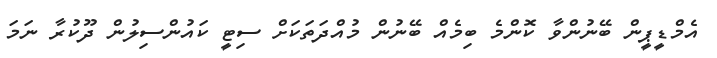
އެމްޑީޕީން ބޭނުންވާ ކޮންމެ ބިމެއް ބޭނުން މުއްދަތަކަށް ސިޓީ ކައުންސިލުން ދޫކުރާ ނަމަ